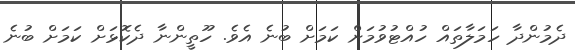
ދެމުންދާ ހަމަލާތައް ހުއްޓުވުމަށް ކަމަށް ބުނެ އެވެ. ހޫތީންނާ ދެކޮޅަށް ކަމަށް ބުނެ